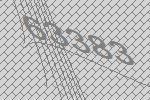
63383